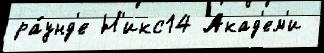
ра́унд'е Н'икс14 Акад'ем'и